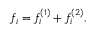
f _ { i } = f _ { i } ^ { ( 1 ) } + f _ { i } ^ { ( 2 ) } ,